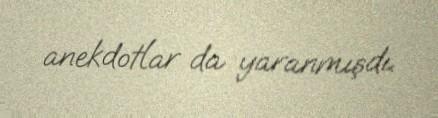
anekdotlar da yaranmışdı.